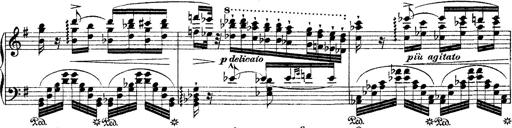
Title: Ã‰tudes d'exÃ©cution transcendante d'aprÃ¨s Paganini
Composer: Franz Liszt